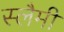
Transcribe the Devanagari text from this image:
स्लैमी